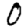
Digit: 0